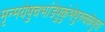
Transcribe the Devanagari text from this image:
मृन्मयेषुचभांडेषुकुंभेषुरुचकेषुवा